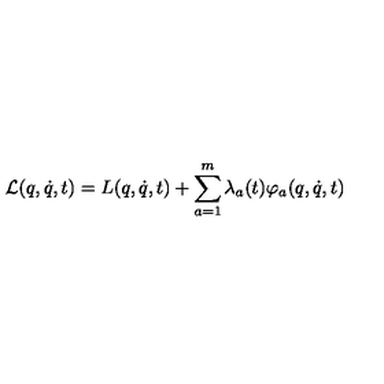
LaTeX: { \cal L } ( q , \dot { q } , t ) = L ( q , \dot { q } , t ) + \sum _ { a = 1 } ^ { m } \lambda _ { a } ( t ) \varphi _ { a } ( q , \dot { q } , t )